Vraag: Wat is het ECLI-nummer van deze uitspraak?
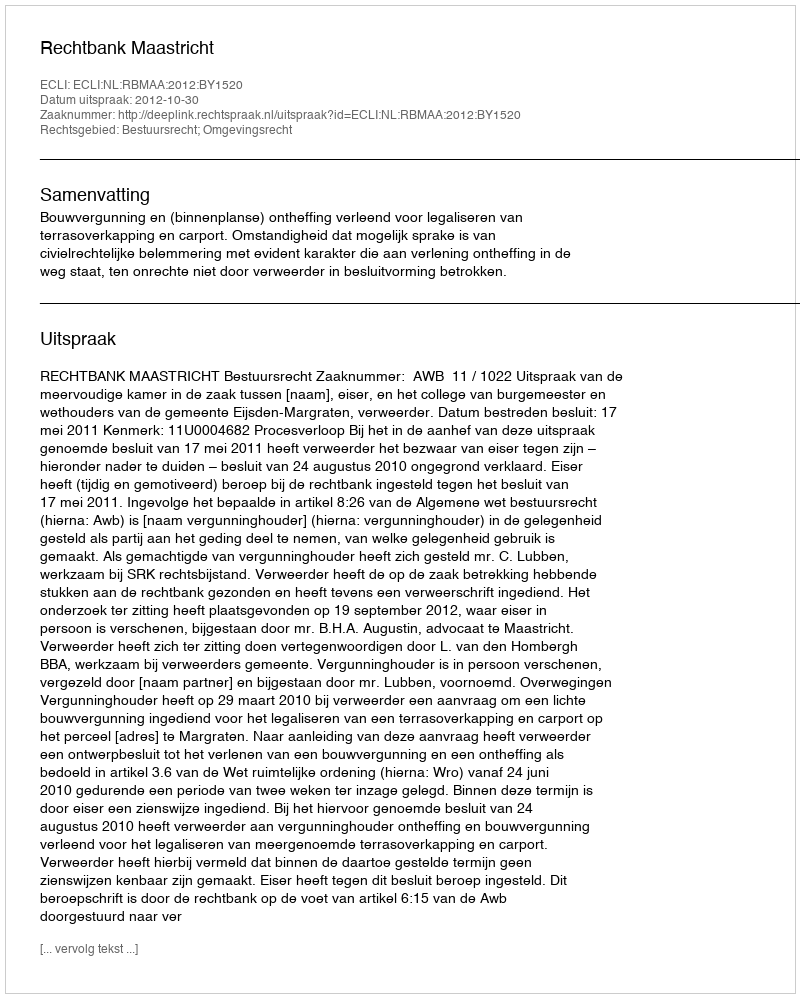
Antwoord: ECLI:NL:RBMAA:2012:BY1520